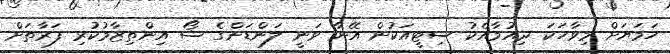
ހަމަޔަށް މިވާހަކަ ދިއުމާއެކު ސިޓީއަކުން އޭނާ ވަނީ ލަންޑަންގެ ޝޯ އިންތިޒާމުކުރި ފަރާތަށް